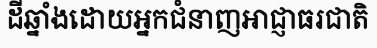
ដីឆ្នាំងដោយអ្នកជំនាញអាជ្ញាធរជាតិ